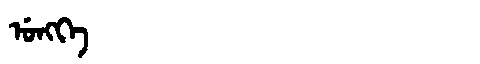
Manchu: ᡠᠩᡴᡝ
Romanization: UNGKE